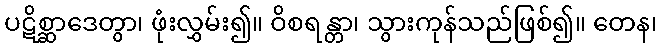
ပဋိစ္ဆာဒေတွာ၊ ဖုံးလွှမ်း၍။ ဝိစရန္တာ၊ သွားကုန်သည်ဖြစ်၍။ တေန၊